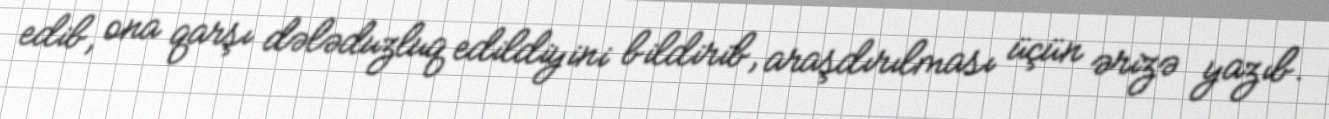
edib, ona qarşı dələduzluq edildiyini bildirib, araşdırılması üçün ərizə yazıb.